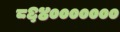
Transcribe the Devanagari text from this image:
८६४०००००००